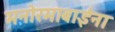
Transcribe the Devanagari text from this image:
मनोरमाबाईंना